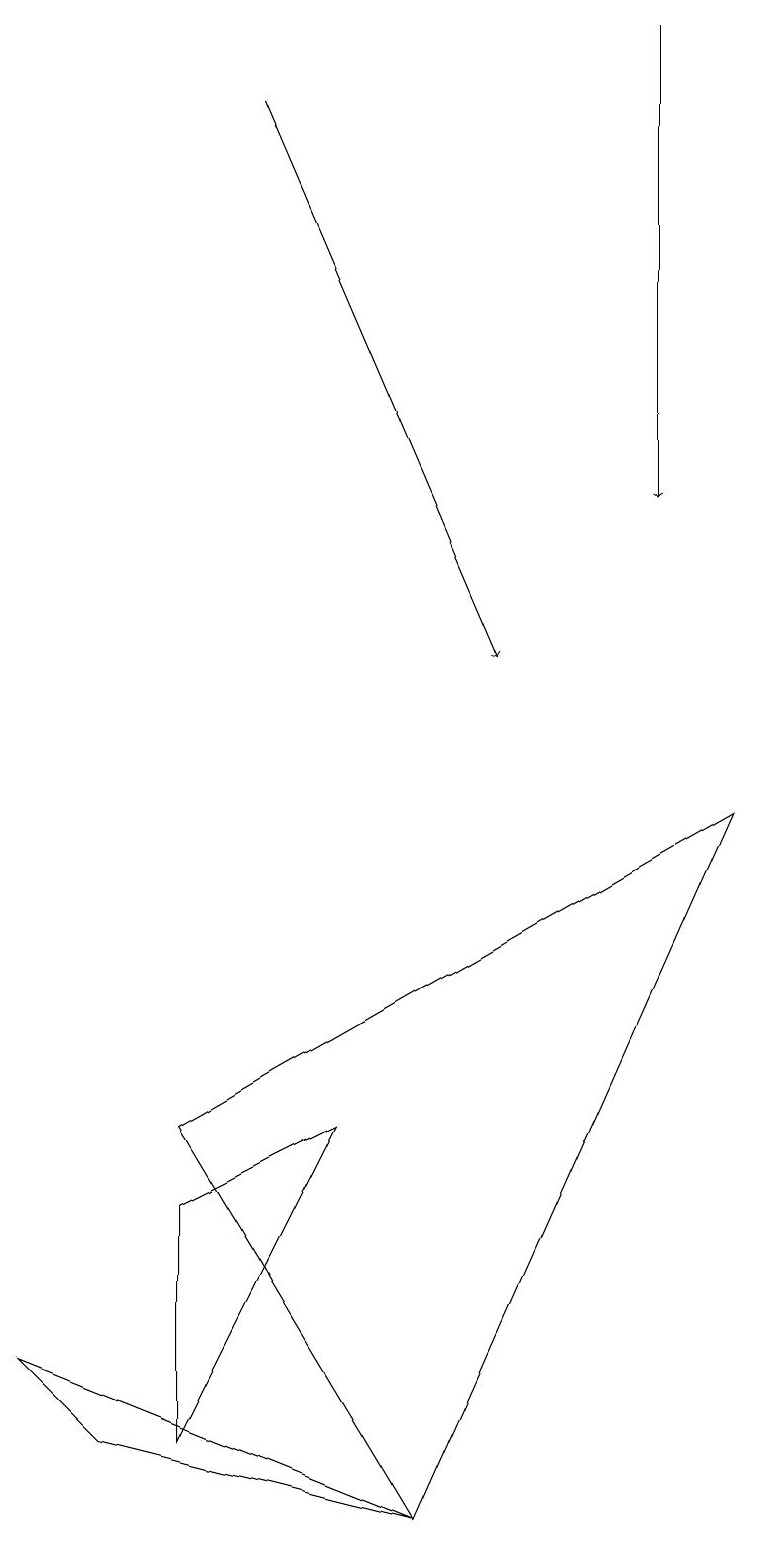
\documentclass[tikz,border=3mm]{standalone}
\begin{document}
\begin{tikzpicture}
\draw[->] (8,19) -- (8,13);
\draw (0,2) -- (5,0) -- (1,1) -- cycle;
\draw[->] (3,18) -- (6,11);
\draw (2,5) -- (9,9) -- (5,0) -- cycle;
\draw (2,4) -- (2,1) -- (4,5) -- cycle;
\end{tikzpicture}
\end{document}